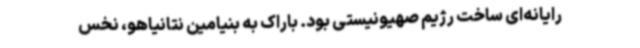
رایانه‌ای ساخت رژیم صهیونیستی بود. باراک به بنیامین نتانیاهو، نخس